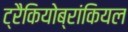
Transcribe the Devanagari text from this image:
ट्रैकियोब्रांकियल